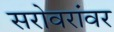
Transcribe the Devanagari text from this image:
सरोवरांवर